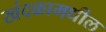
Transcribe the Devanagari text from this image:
खंदकामधील